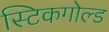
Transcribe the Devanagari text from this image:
स्टिकगोल्ड